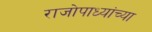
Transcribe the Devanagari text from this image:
राजोपाध्यांच्या